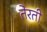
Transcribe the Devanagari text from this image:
तेरती